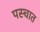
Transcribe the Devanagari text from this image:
पस्चात